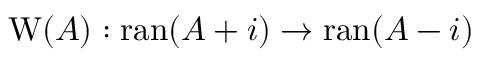
\operatorname { W } ( A ) : \operatorname { r a n } ( A + i ) \to \operatorname { r a n } ( A - i )